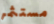
مستثمر